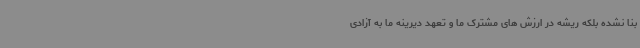
بنا نشده بلکه ریشه در ارزش های مشترک ما و تعهد دیرینه ما به آزادی